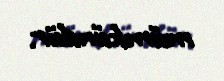
mümkündür.